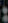
: